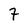
Character: 7